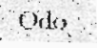
Odo